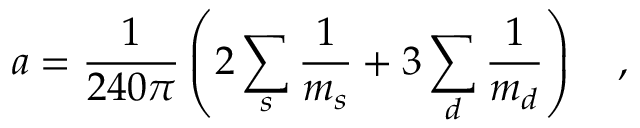
a = { \frac { 1 } { 2 4 0 \pi } } \left( 2 \sum _ { s } { \frac { 1 } { m _ { s } } } + 3 \sum _ { d } { \frac { 1 } { m _ { d } } } \right) ~ ~ ~ ,